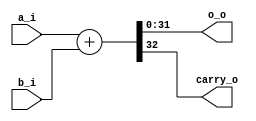

module Adder(a_i, b_i, o_o, carry_o);

input [31:0] a_i, b_i;
output [31:0] o_o;
output carry_o;

assign {carry_o, o_o} = a_i + b_i;

endmodule